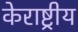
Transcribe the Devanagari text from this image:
केराष्ट्रीय